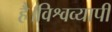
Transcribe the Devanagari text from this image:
है।विश्वव्यापी